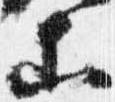
等